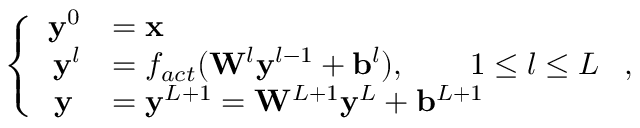
\left\{ \begin{array} { r l } { \mathbf { y } ^ { 0 } } & { = \mathbf { x } } \\ { \mathbf { y } ^ { l } } & { = f _ { a c t } ( \mathbf { W } ^ { l } \mathbf { y } ^ { l - 1 } + \mathbf { b } ^ { l } ) , \qquad 1 \le l \le L } \\ { \mathbf { y } \; } & { = \mathbf { y } ^ { L + 1 } = \mathbf { W } ^ { L + 1 } \mathbf { y } ^ { L } + \mathbf { b } ^ { L + 1 } } \end{array} \right. ,